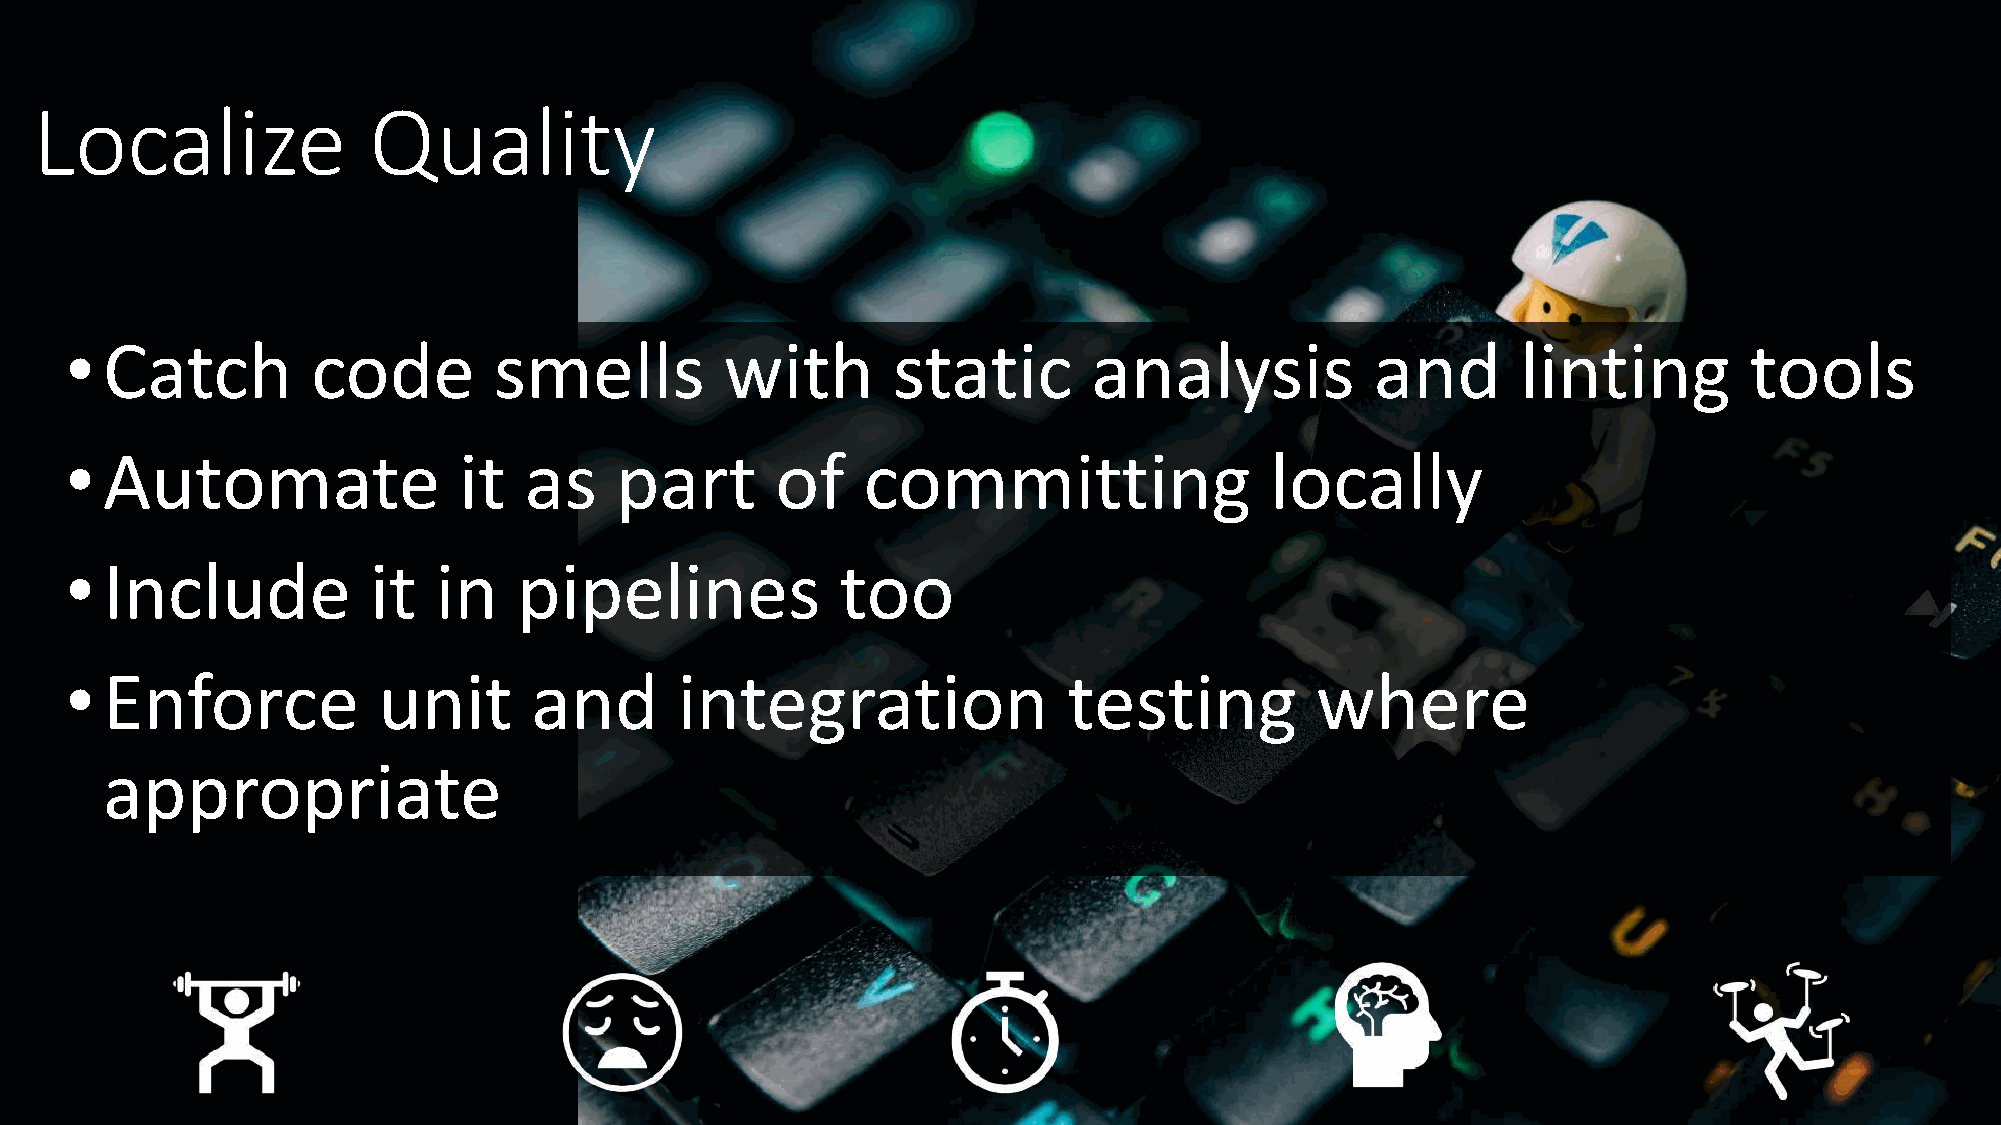
Localize              Quality
 •  Catch         code        smells         with       static       analysis           and       linting        tools
 •  Automate               it   as    part      of    committing                 locally
 •  Include          it   in   pipelines             too
 •  Enforce           unit      and       integration               testing         where
 appropriate